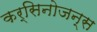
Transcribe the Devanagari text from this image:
कर्सिनोजन्स